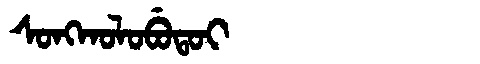
Manchu: ᠰᠣᠩᡴᠣᠯᠣᠪᡠᡨᠣᡳ
Romanization: SONGKOLOBUTOI